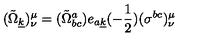
( { \tilde { \Omega } } _ { \underline { { k } } } ) _ { \nu } ^ { \mu } = ( { \tilde { \Omega } } _ { b c } ^ { a } ) e _ { a \underline { { k } } } ( - { \frac { 1 } { 2 } } ) ( \sigma ^ { b c } ) _ { \nu } ^ { \mu }